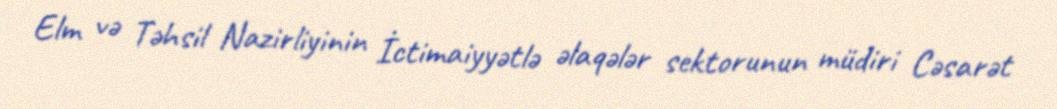
Elm və Təhsil Nazirliyinin İctimaiyyətlə əlaqələr sektorunun müdiri Cəsarət